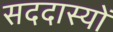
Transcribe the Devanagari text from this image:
सददास्यों